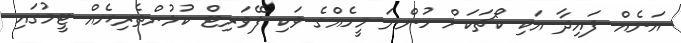
އަނެއް ފައިދާ އަކި ކޯޗަކަށް ހުންނަ މީހެއްގެ ވަކި ފޭވަރިޓް ކުޅުންތެރިޔެއް ޓީމުގައި